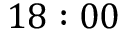
1 8 : 0 0